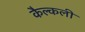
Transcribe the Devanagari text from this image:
कैल्कली